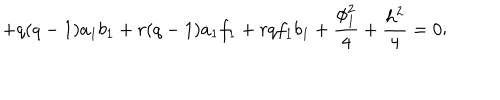
+ q ( q - 1 ) a _ { 1 } b _ { 1 } + r ( q - 1 ) a _ { 1 } f _ { 1 } + r q f _ { 1 } b _ { 1 } + \frac { \phi _ { 1 } ^ { 2 } } { 4 } + \frac { h ^ { 2 } } { 4 } = 0 ;